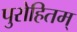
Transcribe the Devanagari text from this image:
पुरोहितम्